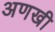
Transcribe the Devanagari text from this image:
अणखी